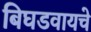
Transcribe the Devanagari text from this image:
बिघडवायचे